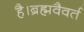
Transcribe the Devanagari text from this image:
है।ब्रह्मवैवर्त